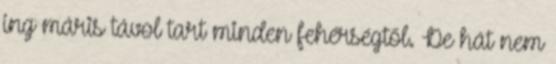
ing máris távol tart minden fehérségtől. De hát nem